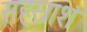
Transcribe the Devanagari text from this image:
सहस्राशं